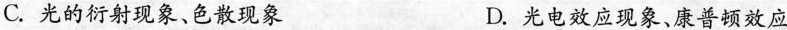
C.光的衍射现象、色散现象 D.光电效应现象、康普顿效应